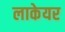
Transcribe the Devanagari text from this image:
लाकेयर